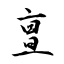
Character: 亶